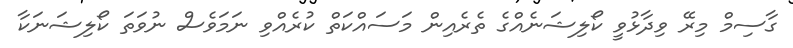
ގާސިމް މިރޭ ވިދާޅުވީ ކޯލިޝަނެއްގެ ތެރެއިން މަސައްކަތް ކުރެއްވި ނަމަވެސް ނުވަތަ ކޯލިޝަނަކާ